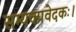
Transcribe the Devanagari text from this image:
सम्यक्प्रवेदकः।